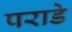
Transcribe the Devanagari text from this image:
पराडे